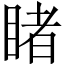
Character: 睹